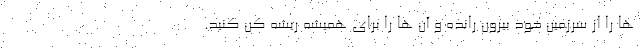
ها را از سرزمین خود بیرون رانده و آن ها را برای همیشه ریشه کن کنید.